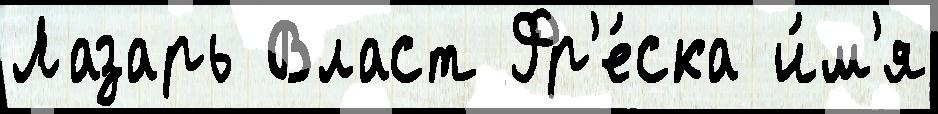
Лазарь Власт Фр'е́ска и́м'я